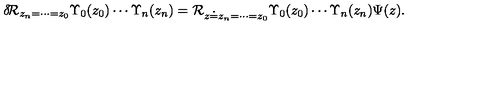
\delta \! { \cal R } _ { z _ { n } = \cdots = z _ { 0 } } \Upsilon _ { 0 } ( z _ { 0 } ) \cdots \Upsilon _ { n } ( z _ { n } ) = { \cal R } _ { z \doteq z _ { n } = \cdots = z _ { 0 } } \Upsilon _ { 0 } ( z _ { 0 } ) \cdots \Upsilon _ { n } ( z _ { n } ) \Psi ( z ) .